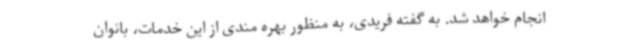
انجام خواهد شد. به گفته فریدی، به منظور بهره مندی از این خدمات، بانوان